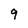
Character: 9